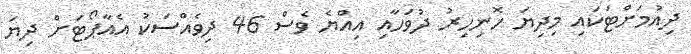
ދިއުމަށްޓަކައި މިދިޔަ ހޮނިހިރު ދުވަހާއި އިއްޔެ ވެސް 46 ދިވެއްސަކު އެއާޕޯޓަށް ދިޔަ